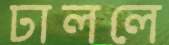
ঢাললে